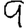
Digit: 9